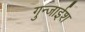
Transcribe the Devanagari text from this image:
गुन्जाईश